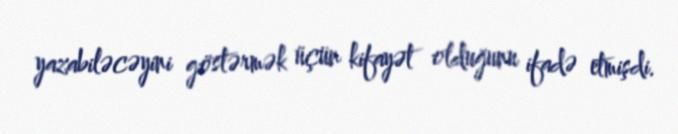
yazabiləcəyini göstərmək üçün kifayət olduğunu ifadə etmişdi.